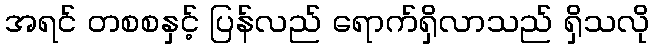
အရင် တစစနှင့် ပြန်လည် ရောက်ရှိလာသည် ရှိသလို